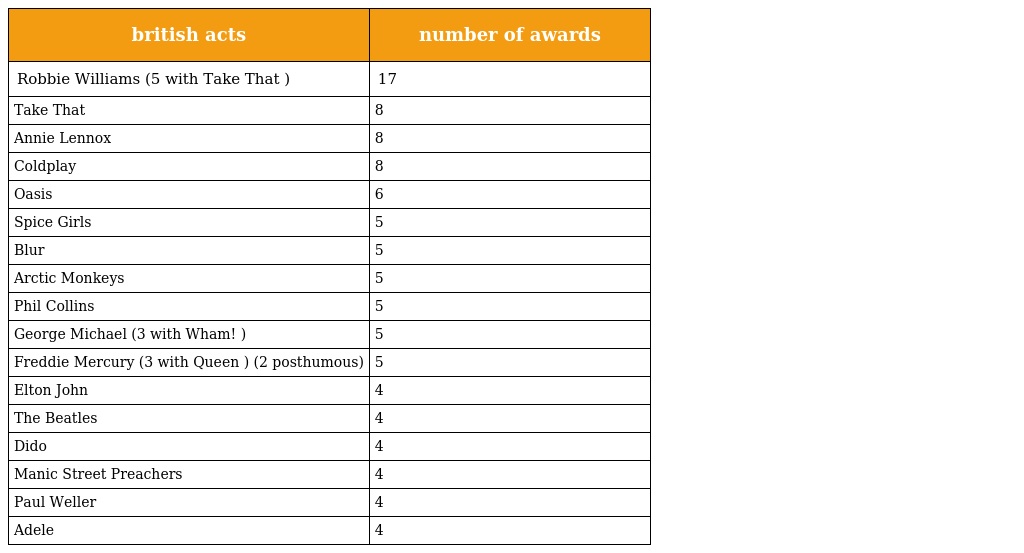
| british acts | number of awards |
 | --- | --- |
 | Robbie Williams (5 with Take That ) | 17 |
 | Take That | 8 |
 | Annie Lennox | 8 |
 | Coldplay | 8 |
 | Oasis | 6 |
 | Spice Girls | 5 |
 | Blur | 5 |
 | Arctic Monkeys | 5 |
 | Phil Collins | 5 |
 | George Michael (3 with Wham! ) | 5 |
 | Freddie Mercury (3 with Queen ) (2 posthumous) | 5 |
 | Elton John | 4 |
 | The Beatles | 4 |
 | Dido | 4 |
 | Manic Street Preachers | 4 |
 | Paul Weller | 4 |
 | Adele | 4 |